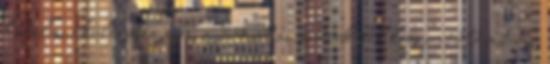
hatalmas különbség van. Inkább az audiokábel legyen 20 méteres,